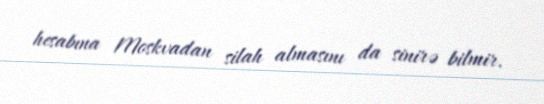
hesabına Moskvadan silah almasını da sinirə bilmir.